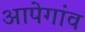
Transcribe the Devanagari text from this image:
आपेगांव